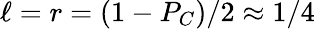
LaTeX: \ell=r=(1-P_{C})/2\approx 1/4